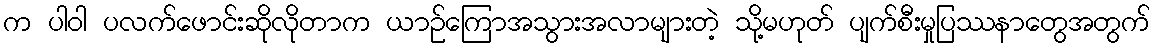
က ပါဝါ ပလက်ဖောင်းဆိုလိုတာက ယာဉ်ကြောအသွားအလာများတဲ့ သို့မဟုတ် ပျက်စီးမှုပြဿနာတွေအတွက်